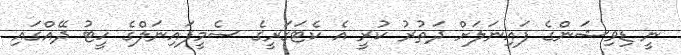
ނީ ޑިވިޝަންގެ ފައިނަލަށް ދަތުރު ކުރީ އެ ކެޓަގަރީގެ ސެމީފައިނަލްގެ ހީޓު ދޭއްގައި